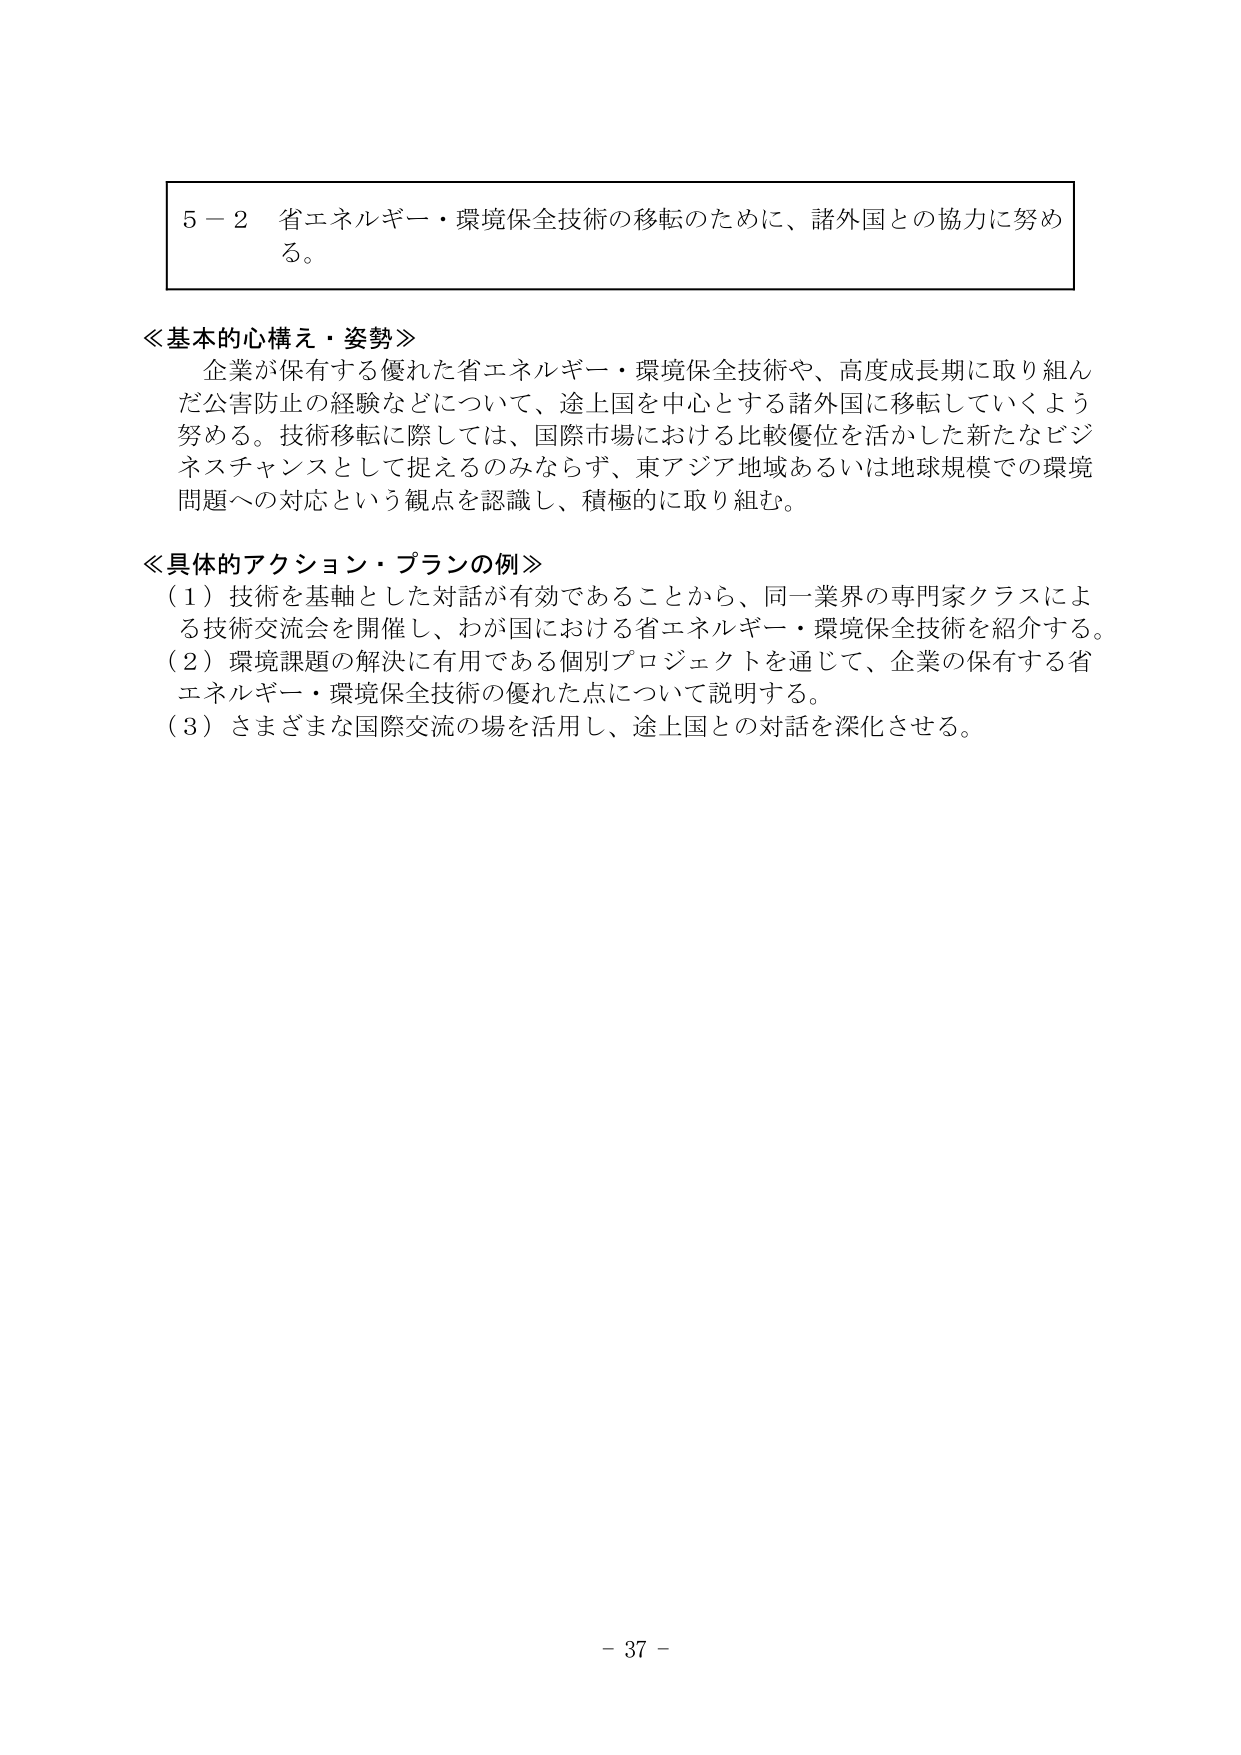
5－2 省エネルギー・環境保全技術の移転のために、諸外国との協力に努める。

≪基本的心構え・姿勢≫
企業が保有する優れた省エネルギー・環境保全技術や、高度成長期に取り組んだ公害防止の経験などについて、途上国を中心とする諸外国に移転していくよう努める。技術移転に際しては、国際市場における比較優位を活かした新たなビジネスチャンスとして捉えるのみならず、東アジア地域あるいは地球規模での環境問題への対応という観点を認識し、積極的に取り組む。

≪具体的アクション・プランの例≫
（1）技術を基軸とした対話が有効であることから、同一業界の専門家クラスによる技術交流会を開催し、わが国における省エネルギー・環境保全技術を紹介する。
（2）環境課題の解決に有用である個別プロジェクトを通じて、企業の保有する省エネルギー・環境保全技術の優れた点について説明する。
（3）さまざまな国際交流の場を活用し、途上国との対話を深化させる。

- 37 -